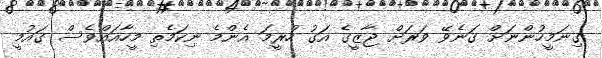
ގިނަމީހުންނަށް ގަނެވޭ ވަރަށް ޖާޒީގެ އަަގު ހުރީމަ އެންމެ ނިކަމެތި މީހާއައްވެސް ގައުމީ